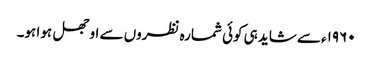
۱۹۶۰ء سے شاید ہی کوئی شمارہ نظروں سے اوجھل ہوا ہو۔